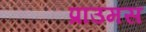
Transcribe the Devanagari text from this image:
प्राउमस